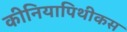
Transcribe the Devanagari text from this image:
कीनियापिथीकस